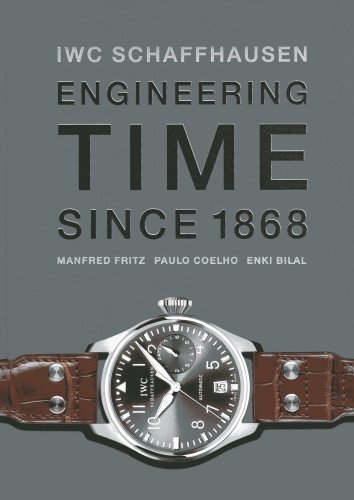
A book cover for IWC Schaffhausen: Engineering Time Since 1868 by Manfred Fritz, Paulo Coelho (2010); Crafts, Hobbies & Home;